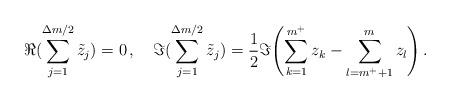
LaTeX: \begin{align*}\Re{(\sum_{j=1}^{\Delta m/2} \tilde z_j)} = 0 \, , \quad \Im{(\sum_{j=1}^{\Delta m/2} \tilde z_j)} = \frac{1}{2} \Im{\left( \sum_{k=1}^{m^+} z_k - \sum_{l=m^+ + 1}^{m} z_l \right) } \, .\end{align*}